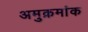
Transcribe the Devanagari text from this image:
अमुक्रमांक